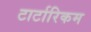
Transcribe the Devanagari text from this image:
टार्टारिकम